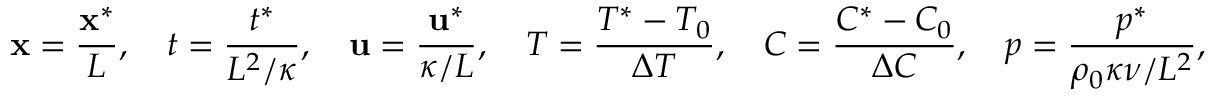
\mathbf { x } = \frac { \mathbf { x } ^ { * } } { L } , \quad t = \frac { t ^ { * } } { L ^ { 2 } / \kappa } , \quad \mathbf { u } = \frac { \mathbf { u } ^ { * } } { \kappa / L } , \quad T = \frac { T ^ { * } - T _ { 0 } } { \Delta T } , \quad C = \frac { C ^ { * } - C _ { 0 } } { \Delta C } , \quad p = \frac { p ^ { * } } { \rho _ { 0 } \kappa \nu / L ^ { 2 } } ,